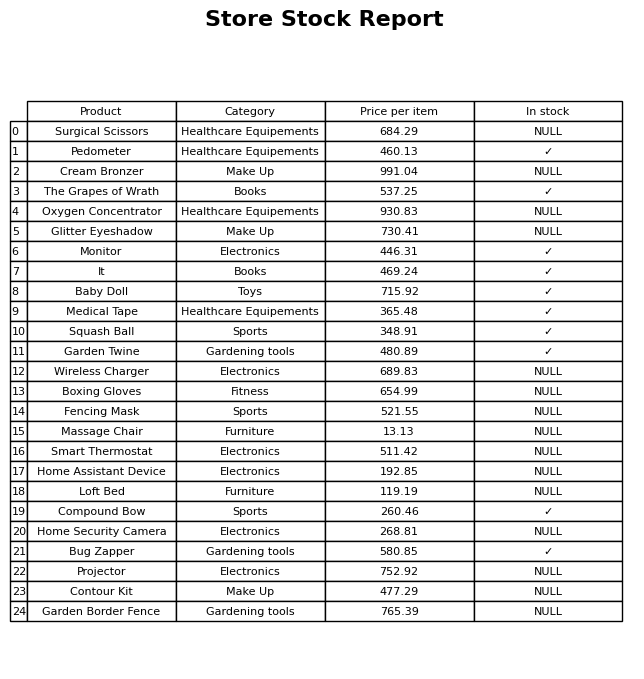
question: What is the price of the It?
answer: The price of It is 469.24.